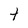
Character: t